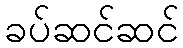
ခပ်ဆင်ဆင်